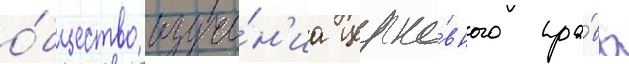
о́бщество изуче́н'иа церко́вного пра́ва